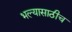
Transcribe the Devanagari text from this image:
भल्यासाठीच